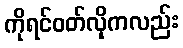
ကိုရင်ဝတ်လိုကလည်း